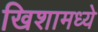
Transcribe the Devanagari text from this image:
खिशामध्ये